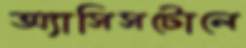
অ্যাসিসটোলে